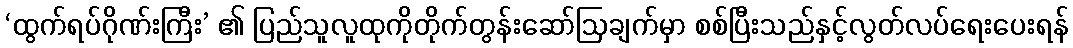
‘ထွက်ရပ်ဂိုဏ်းကြီး’ ၏ ပြည်သူလူထုကိုတိုက်တွန်းဆော်ဩချက်မှာ စစ်ပြီးသည်နှင့်လွတ်လပ်ရေးပေးရန်